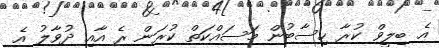
އެ ބިލީވް ކުރާ ހިސާބުން މަސައްކަތް ކުރަން ރެ އާއި ދުވާލު އެ